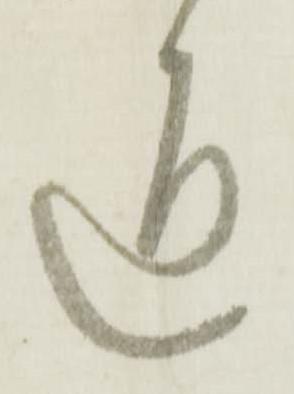
通